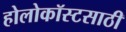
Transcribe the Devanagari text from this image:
होलोकॉस्टसाठी